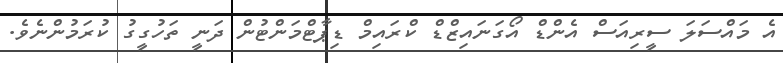
އެ މައްސަލަ ސީރިއަސް އެންޑް އޯގަނައިޒްޑް ކްރައިމް ޑިޕާޓްމަންޓުން ދަނީ ތަހުގީގު ކުރަމުންނެވެ.